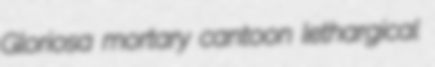
Gloriosa mortary cantoon lethargical